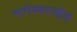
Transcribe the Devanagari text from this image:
नागेश्वरसौड़